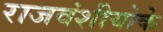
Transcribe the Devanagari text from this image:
राजवंशीयोके